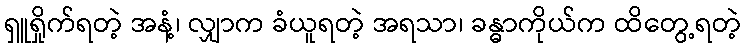
ရှူရှိုက်ရတဲ့ အနံ့၊ လျှာက ခံယူရတဲ့ အရသာ၊ ခန္ဓာကိုယ်က ထိတွေ့ရတဲ့